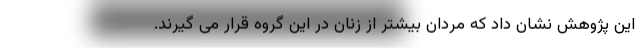
این پژوهش نشان داد که مردان بیشتر از زنان در این گروه قرار می گیرند.